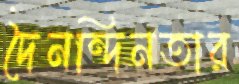
দৈনন্দিনতার